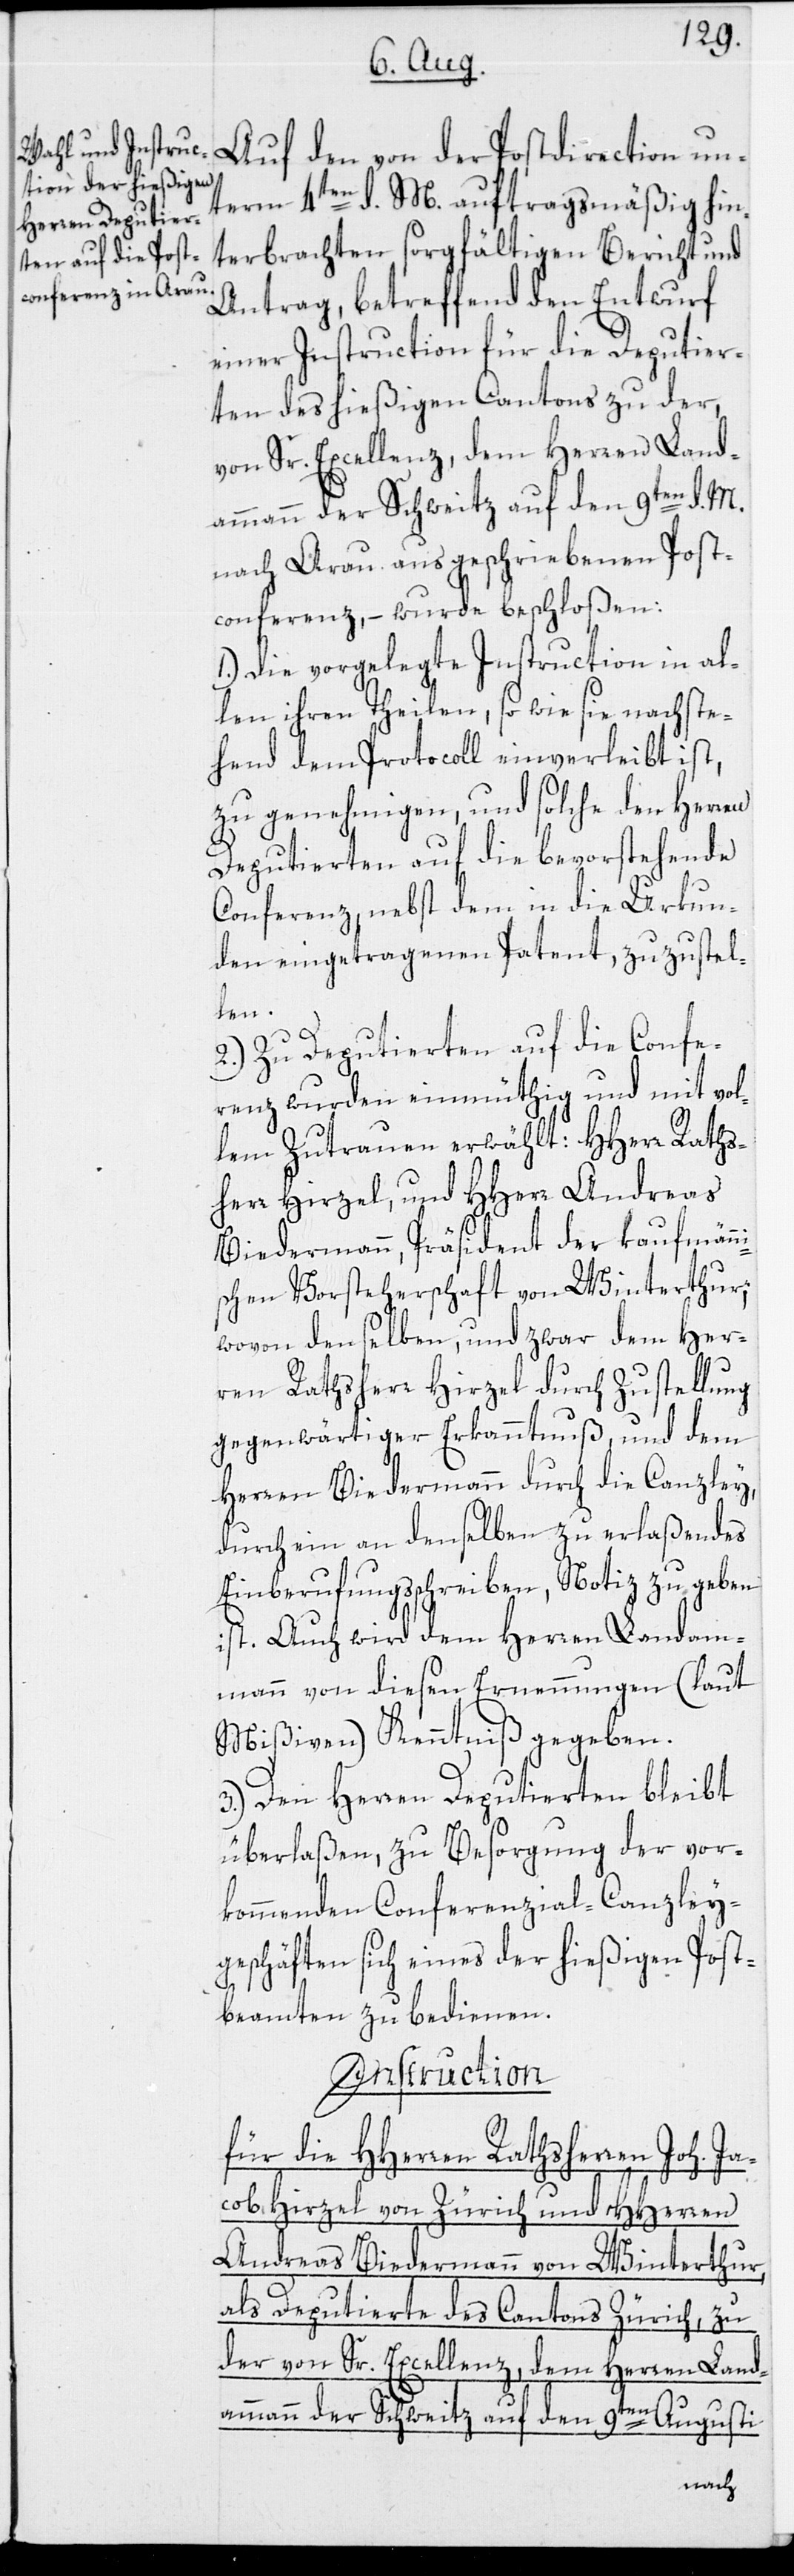
Auf den von der Postdirection un¬
term 4ten d. M. auftragsmäßig hin¬
terbrachten sorgfältigen Bericht und
Antrag, betreffend den Entwurf
einer Instruction für die Deputier¬
ten des hießigen Cantons zu der,
von Sr. Excellenz, dem Herren Land¬
ammann der Schweitz auf den 9ten d. M.
nach Arau ausgeschriebenen Post¬
conferenz, – wurde beschloßen:
1.) Die vorgelegte Instruction in al¬
len ihren Theilen, so wie sie nachste¬
hend dem Protocoll einverleibt ist,
zu genehmigen, und solche den Herren
Deputierten auf die bevorstehende
Conferenz, nebst dem in die Urkun¬
den eingetragenen Patent, zuzustel¬
len.
2.) Zu Deputierten auf die Confe¬
renz wurden einmüthig und mit vol¬
lem Zutrauen erwählt: HHerr Raths¬
herr Hirzel, und HHerr Andreas
Biedermann, Präsident der kaufmänn¬
schen Vorsteherschaft von Winterthur;
wovon denselben, und zwar dem Her¬
ren Rathsherr Hirzel durch Zustellung
gegenwärtiger Erkanntnuß, und dem
Herren Biedermann durch die Canzley,
durch ein an denselben zu erlaßendes
Einberufungsschreiben, Notiz zu geben
ist. Auch wird dem Herren Landam¬
mann von diesen Ernennungen (laut
Mißiven) Kenntniß gegeben.
3.) Den Herren Deputierten bleibt
überlaßen, zu Besorgung der vor¬
kommenden Conferenzial-Canzley¬
geschäften sich eines der hießigen Post¬
beamten zu bedienen.
Instruction
i¬
für die HHerren Rathsherren Joh. Ja¬
cob Hirzel von Zürich und HHerren
Andreas Biedermann von Winterthur,
als Deputierte des Cantons Zürich, zu
der von Sr. Excellenz, dem Herren Land¬
ammann der Schweitz auf den 9ten Augusti